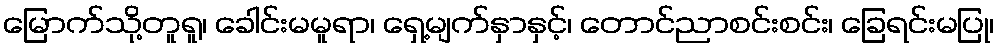
မြောက်သို့တူရူ၊ ခေါင်းမမူရာ၊ ရှေ့မျက်နှာနှင့်၊ တောင်ညာစင်းစင်း၊ ခြေရင်းမပြု၊